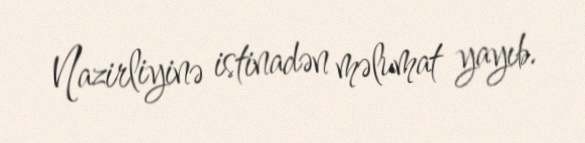
Nazirliyinə istinadən məlumat yayıb.